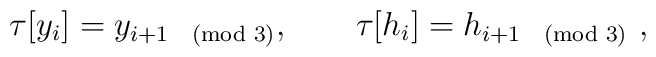
\tau [y_{i}]=y_{i+1\pmod 3},\qquad \tau [h_{i}]=h_{i+1\pmod 3}\ ,